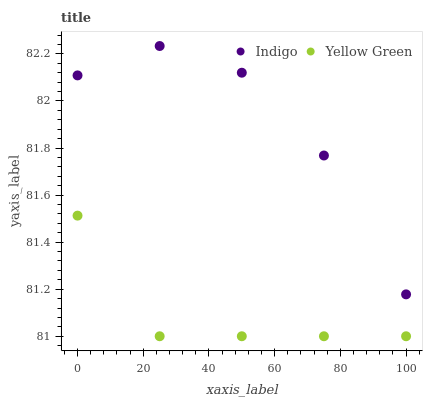
| xaxis_label | Indigo | Yellow Green |
 | --- | --- | --- |
 | 0 | 82.1 | 81.5 |
 | 25 | 82.2 | 81 |
 | 50 | 82.1 | 81 |
 | 75 | 81.8 | 81 |
 | 100 | 81.2 | 81 |